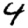
Digit: 4